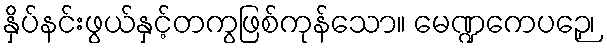
နှိပ်နင်းဖွယ်နှင့်တကွဖြစ်ကုန်သော။ မေဏ္ဍကေပဉှေ၊